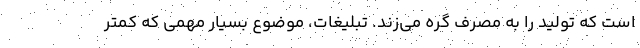
است که تولید را به مصرف گره می‌زند. تبلیغات، موضوع بسیار مهمی که کمتر